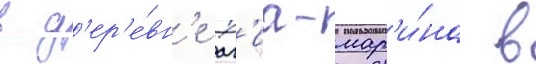
в д'ер'е́вн'е аг'иа-мар'и́на в